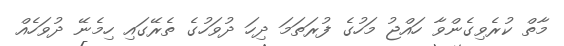
މާތް ކުރެވިގެންވާ ހައްޖު މަހުގެ ފުރަތަމަ ދިހަ ދުވަހުގެ ތެރޭގައި ހިމެނޭ ދުވަހެއް